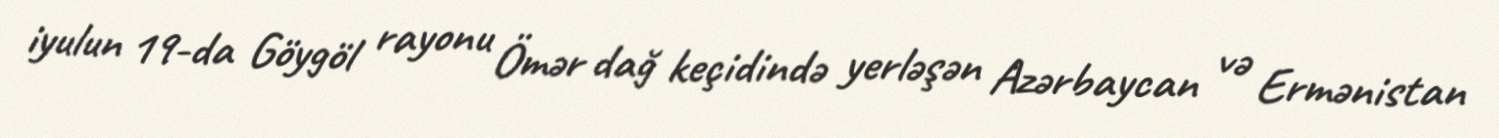
iyulun 19-da Göygöl rayonu Ömər dağ keçidində yerləşən Azərbaycan və Ermənistan